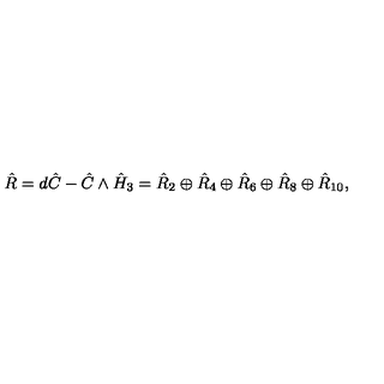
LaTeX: \hat { R } = d \hat { C } - \hat { C } \wedge \hat { H } _ { 3 } = \hat { R } _ { 2 } \oplus \hat { R } _ { 4 } \oplus \hat { R } _ { 6 } \oplus \hat { R } _ { 8 } \oplus \hat { R } _ { 1 0 } ,